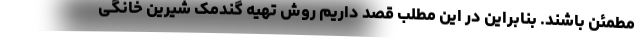
مطمئن باشند. بنابراین در این مطلب قصد داریم روش تهیه گندمک شیرین خانگی